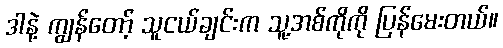
ဒါနဲ့ ကျွန်တော့် သူငယ်ချင်းက သူ့အစ်ကိုကို ပြန်မေးတယ်။